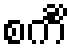
စင်္ကိံ